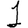
Digit: 1